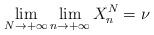
LaTeX: \begin{align*}\lim_{N \rightarrow + \infty} \lim_{ n \rightarrow + \infty} X^N_n = \nu \ \end{align*}